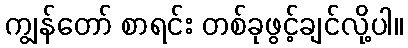
ကျွန်တော် စာရင်း တစ်ခုဖွင့်ချင်လို့ပါ။